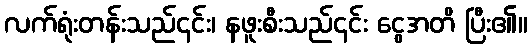
လက်ရုံးတန်းသည်၎င်း၊ နဖူးစီးသည်၎င်း ငွေအတိ ပြီး၏။